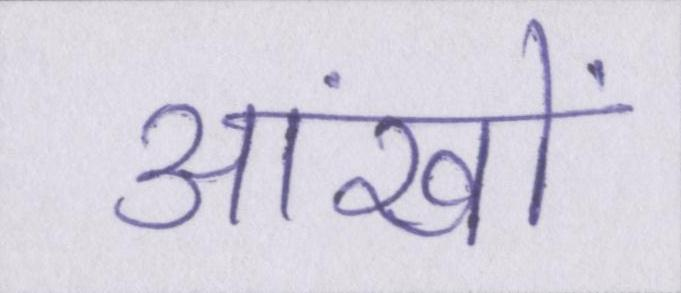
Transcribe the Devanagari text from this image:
आंखों